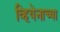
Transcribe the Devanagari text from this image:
व्हियेनाच्या